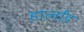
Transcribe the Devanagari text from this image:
हार्लांड